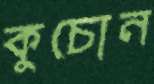
কুচোন